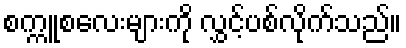
စက္ကူစလေးများကို လွှင့်ပစ်လိုက်သည်။